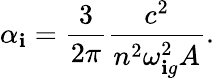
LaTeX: \alpha_{\mathbf{i}}=\frac{{3}}{{2\pi}}\frac{{c^{2}}}{{n^{2}\omega_{\mathbf{i}g}^{2}A}}.